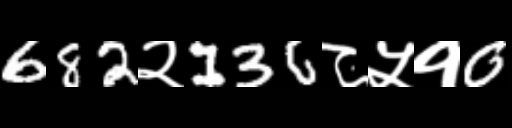
Text: 682२136८५१0